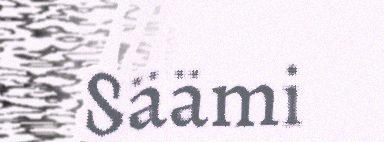
Säämi